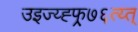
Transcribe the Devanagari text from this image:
उइज्य्ह्फ्र्७६त्य्त्